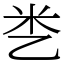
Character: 㐘